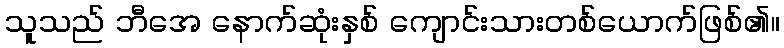
သူသည် ဘီအေ နောက်ဆုံးနှစ် ကျောင်းသားတစ်ယောက်ဖြစ်၏။